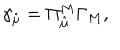
LaTeX: \gamma _ { \hat { \mu } } = \Pi _ { \hat { \mu } } ^ { M } \Gamma _ { M } ,